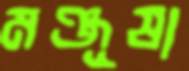
মঞ্জূষা